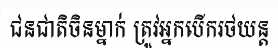
ជនជាតិចិនម្នាក់ ត្រូវអ្នកបើករថយន្ត